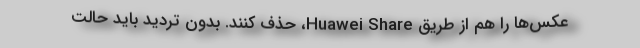
عکس‌ها را هم از طریق Huawei Share، حذف کنند. بدون تردید باید حالت